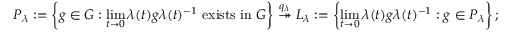
P _ { \lambda } : = \left\{ g \in G : \operatorname* { l i m } _ { t \rightarrow 0 } \lambda ( t ) g \lambda ( t ) ^ { - 1 } \mathrm { ~ e x i s t s ~ i n ~ } G \right\} \stackrel { q _ { \lambda } } { \twoheadrightarrow } L _ { \lambda } : = \left\{ \operatorname* { l i m } _ { t \rightarrow 0 } \lambda ( t ) g \lambda ( t ) ^ { - 1 } : g \in P _ { \lambda } \right\} ;